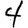
Digit: 4